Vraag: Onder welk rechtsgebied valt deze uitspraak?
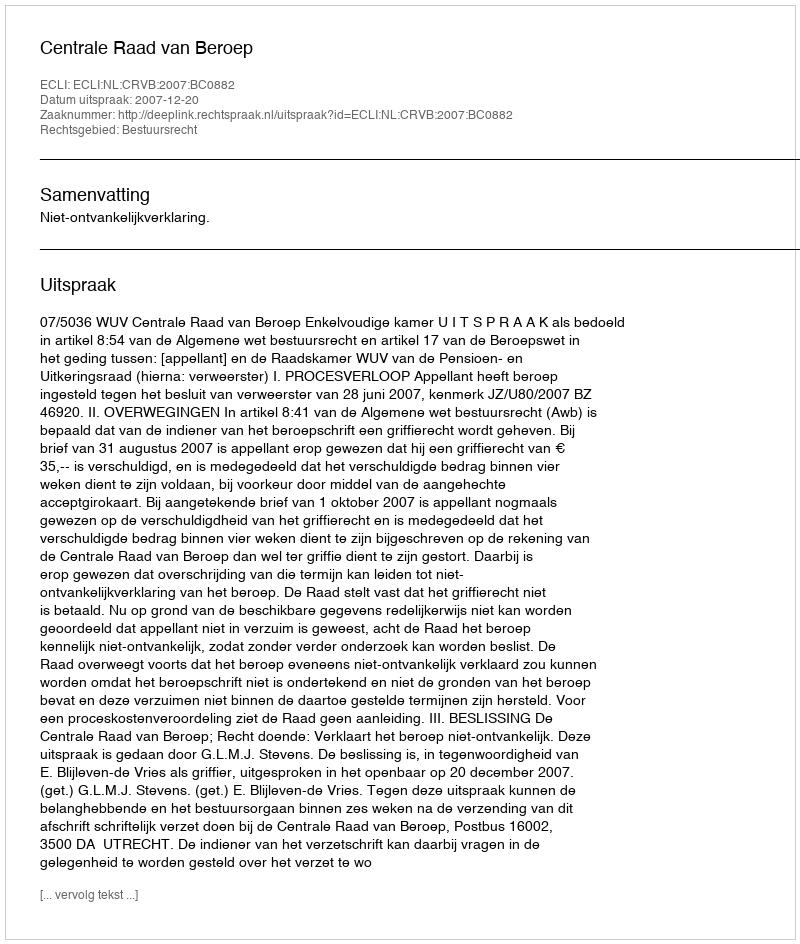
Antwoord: Bestuursrecht